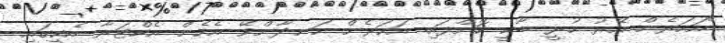
"އަހަރެން އޭރު ހުރީ ބާކީ ކޮށްފައި. އަހަރެން ހަނދާންވޭ އެހެން އެކްޓަރާ އެކީގައި